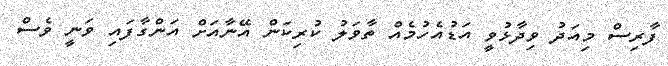
ފާރިސް މިއަދު ވިދާޅުވީ އަޑުއެހުމެއް ތާވަލު ކުރިކަން އޭނާއަށް އަންގާފައި ވަނީ ވެސް